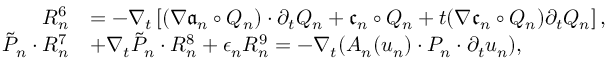
\begin{array} { r l } { R _ { n } ^ { 6 } } & { = - \nabla _ { t } \left[ ( \nabla \mathfrak { a } _ { n } \circ Q _ { n } ) \cdot \partial _ { t } Q _ { n } + \mathfrak { c } _ { n } \circ Q _ { n } + t ( \nabla \mathfrak { c } _ { n } \circ Q _ { n } ) \partial _ { t } Q _ { n } \right] , } \\ { \tilde { P } _ { n } \cdot R _ { n } ^ { 7 } } & { + \nabla _ { t } \tilde { P } _ { n } \cdot R _ { n } ^ { 8 } + \epsilon _ { n } R _ { n } ^ { 9 } = - \nabla _ { t } ( A _ { n } ( u _ { n } ) \cdot P _ { n } \cdot \partial _ { t } u _ { n } ) , } \end{array}